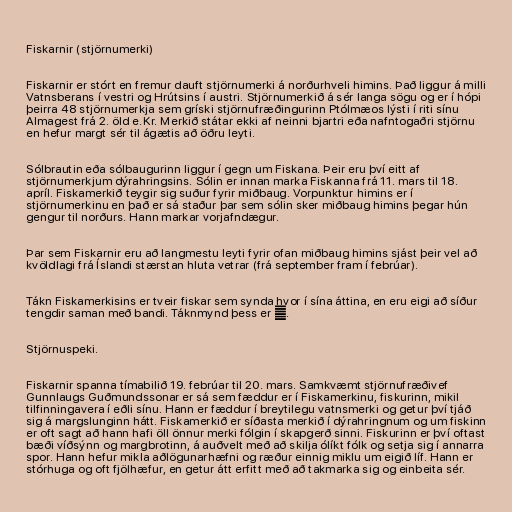
Fiskarnir (stjörnumerki)

Fiskarnir er stórt en fremur dauft stjörnumerki á norðurhveli himins. Það liggur á milli
Vatnsberans í vestri og Hrútsins í austri. Stjörnumerkið á sér langa sögu og er í hópi
þeirra 48 stjörnumerkja sem gríski stjörnufræðingurinn Ptólmæos lýsti í riti sínu
Almagest frá 2. öld e.Kr. Merkið státar ekki af neinni bjartri eða nafntogaðri stjörnu
en hefur margt sér til ágætis að öðru leyti.

Sólbrautin eða sólbaugurinn liggur í gegn um Fiskana. Þeir eru því eitt af
stjörnumerkjum dýrahringsins. Sólin er innan marka Fiskanna frá 11. mars til 18.
apríl. Fiskamerkið teygir sig suður fyrir miðbaug. Vorpunktur himins er í
stjörnumerkinu en það er sá staður þar sem sólin sker miðbaug himins þegar hún
gengur til norðurs. Hann markar vorjafndægur.

Þar sem Fiskarnir eru að langmestu leyti fyrir ofan miðbaug himins sjást þeir vel að
kvöldlagi frá Íslandi stærstan hluta vetrar (frá september fram í febrúar).

Tákn Fiskamerkisins er tveir fiskar sem synda hvor í sína áttina, en eru eigi að síður
tengdir saman með bandi. Táknmynd þess er ♓.

Stjörnuspeki.

Fiskarnir spanna tímabilið 19. febrúar til 20. mars. Samkvæmt stjörnufræðivef
Gunnlaugs Guðmundssonar er sá sem fæddur er í Fiskamerkinu, fiskurinn, mikil
tilfinningavera í eðli sínu. Hann er fæddur í breytilegu vatnsmerki og getur því tjáð
sig á margslunginn hátt. Fiskamerkið er síðasta merkið í dýrahringnum og um fiskinn
er oft sagt að hann hafi öll önnur merki fólgin í skapgerð sinni. Fiskurinn er því oftast
bæði víðsýnn og margbrotinn, á auðvelt með að skilja ólíkt fólk og setja sig í annarra
spor. Hann hefur mikla aðlögunarhæfni og ræður einnig miklu um eigið líf. Hann er
stórhuga og oft fjölhæfur, en getur átt erfitt með að takmarka sig og einbeita sér.